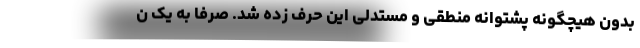
بدون هیچگونه پشتوانه منطقی و مستدلی این حرف زده شد. صرفاً به یک ن